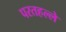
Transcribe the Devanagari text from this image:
परतहल्ले